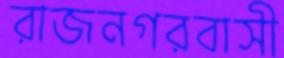
রাজনগরবাসী